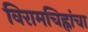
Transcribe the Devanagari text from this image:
विरामचिह्नांचा